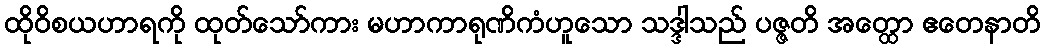
ထိုဝိစယဟာရကို ထုတ်သော်ကား မဟာကာရုဏိကံဟူသော သဒ္ဒါသည် ပဇ္ဇတိ အတ္ထော ဧတေနာတိ